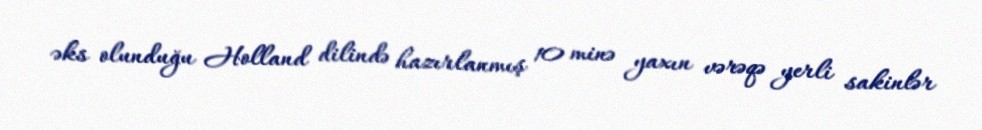
əks olunduğu Holland dilində hazırlanmış 10 minə yaxın vərəqə yerli sakinlər